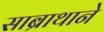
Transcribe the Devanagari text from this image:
साब्राथाने